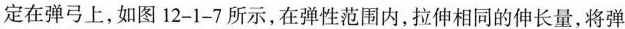
定在弹弓上，如图12-1-7所示，在弹性范围内，拉伸相同的伸长量，将弹